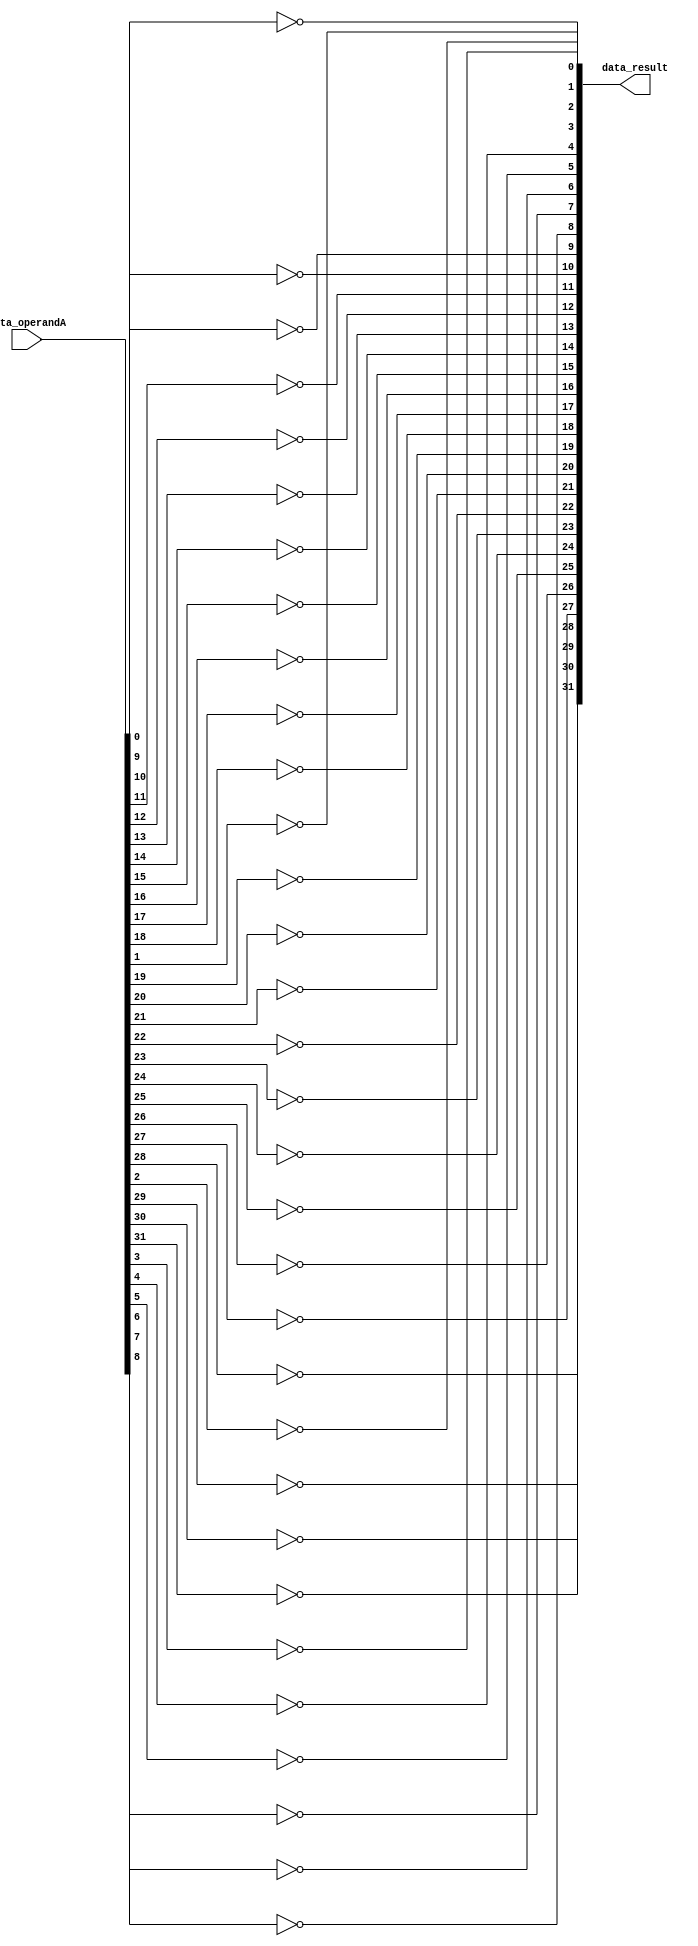
module not32(data_result, data_operandA);
        
    input [31:0] data_operandA;

    output [31:0] data_result;

    not bit0 (data_result[0], data_operandA[0]);
    not bit1 (data_result[1], data_operandA[1]);
    not bit2 (data_result[2], data_operandA[2]);
    not bit3 (data_result[3], data_operandA[3]);
    not bit4 (data_result[4], data_operandA[4]);
    not bit5 (data_result[5], data_operandA[5]);
    not bit6 (data_result[6], data_operandA[6]);
    not bit7 (data_result[7], data_operandA[7]);
    not bit8 (data_result[8], data_operandA[8]);
    not bit9 (data_result[9], data_operandA[9]);
    not bit10 (data_result[10], data_operandA[10]);
    not bit11 (data_result[11], data_operandA[11]);
    not bit12 (data_result[12], data_operandA[12]);
    not bit13 (data_result[13], data_operandA[13]);
    not bit14 (data_result[14], data_operandA[14]);
    not bit15 (data_result[15], data_operandA[15]);
    not bit16 (data_result[16], data_operandA[16]);
    not bit17 (data_result[17], data_operandA[17]);
    not bit18 (data_result[18], data_operandA[18]);
    not bit19 (data_result[19], data_operandA[19]);
    not bit20 (data_result[20], data_operandA[20]);
    not bit21 (data_result[21], data_operandA[21]);
    not bit22 (data_result[22], data_operandA[22]);
    not bit23 (data_result[23], data_operandA[23]);
    not bit24 (data_result[24], data_operandA[24]);
    not bit25 (data_result[25], data_operandA[25]);
    not bit26 (data_result[26], data_operandA[26]);
    not bit27 (data_result[27], data_operandA[27]);
    not bit28 (data_result[28], data_operandA[28]);
    not bit29 (data_result[29], data_operandA[29]);
    not bit30 (data_result[30], data_operandA[30]);
    not bit31 (data_result[31], data_operandA[31]);

endmodule